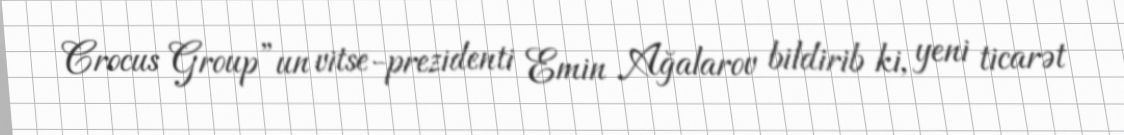
Crocus Group”un vitse-prezidenti Emin Ağalarov bildirib ki, yeni ticarət